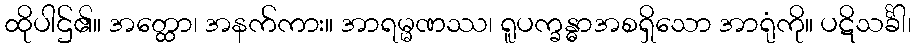
ထိုပါဌ်၏။ အတ္ထော၊ အနက်ကား။ အာရမ္မဏဿ၊ ရူပက္ခန္ဓာအစရှိသော အာရုံကို။ ပဋိသင်္ခါ၊